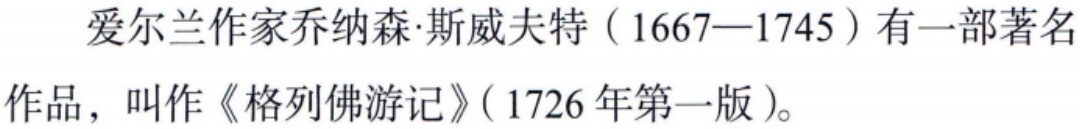
爱尔兰作家乔纳森·斯威夫特（1667—1745）有一部著名作品，叫作《格列佛游记》（1726 年第一版）。